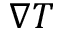
\nabla T